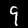
Label: 9